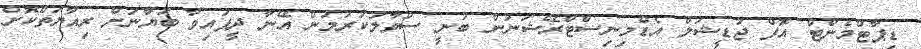
ޑިޕާޓްމެންޓް އޮފް ޖުޑީޝަލް އެޑްމިނިސްޓްރޭޝަނުން ބުނީ ސުވާލުކުރުމުން އޭނާ ދީފައިވާ ބަޔާނަށް ރިއާޔަތްކޮށް